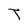
Character: T